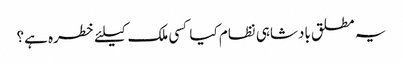
یہ مطلق بادشاہی نظام کیا کسی ملک کیلئے خطره ہے؟